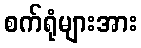
စက်ရုံများအား